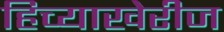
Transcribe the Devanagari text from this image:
हिच्याखेरीज